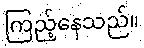
ကြည့်နေသည်။